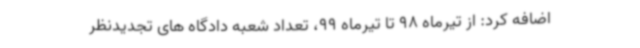
اضافه کرد: از تیرماه 98 تا تیرماه 99، تعداد شعبه دادگاه های تجدیدنظر